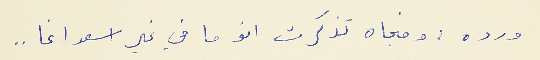
ورده : وفجاه تذكرت انو ما في غير اسعد اغا  . .